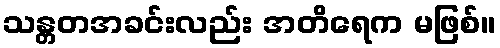
သန္တတအခင်းလည်း အတိရေက မဖြစ်။